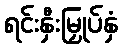
ရင်းနှီးမြှုပ်နှံ